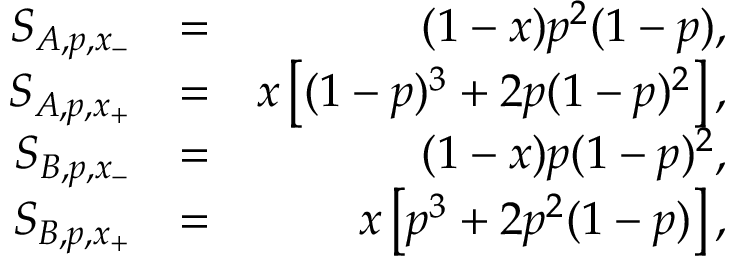
\begin{array} { r l r } { S _ { A , p , x _ { - } } } & { = } & { ( 1 - x ) p ^ { 2 } ( 1 - p ) , } \\ { S _ { A , p , x _ { + } } } & { = } & { x \left[ ( 1 - p ) ^ { 3 } + 2 p ( 1 - p ) ^ { 2 } \right] , } \\ { S _ { B , p , x _ { - } } } & { = } & { ( 1 - x ) p ( 1 - p ) ^ { 2 } , } \\ { S _ { B , p , x _ { + } } } & { = } & { x \left[ p ^ { 3 } + 2 p ^ { 2 } ( 1 - p ) \right] , } \end{array}